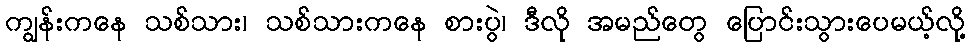
ကျွန်းကနေ သစ်သား၊ သစ်သားကနေ စားပွဲ၊ ဒီလို အမည်တွေ ပြောင်းသွားပေမယ့်လို့